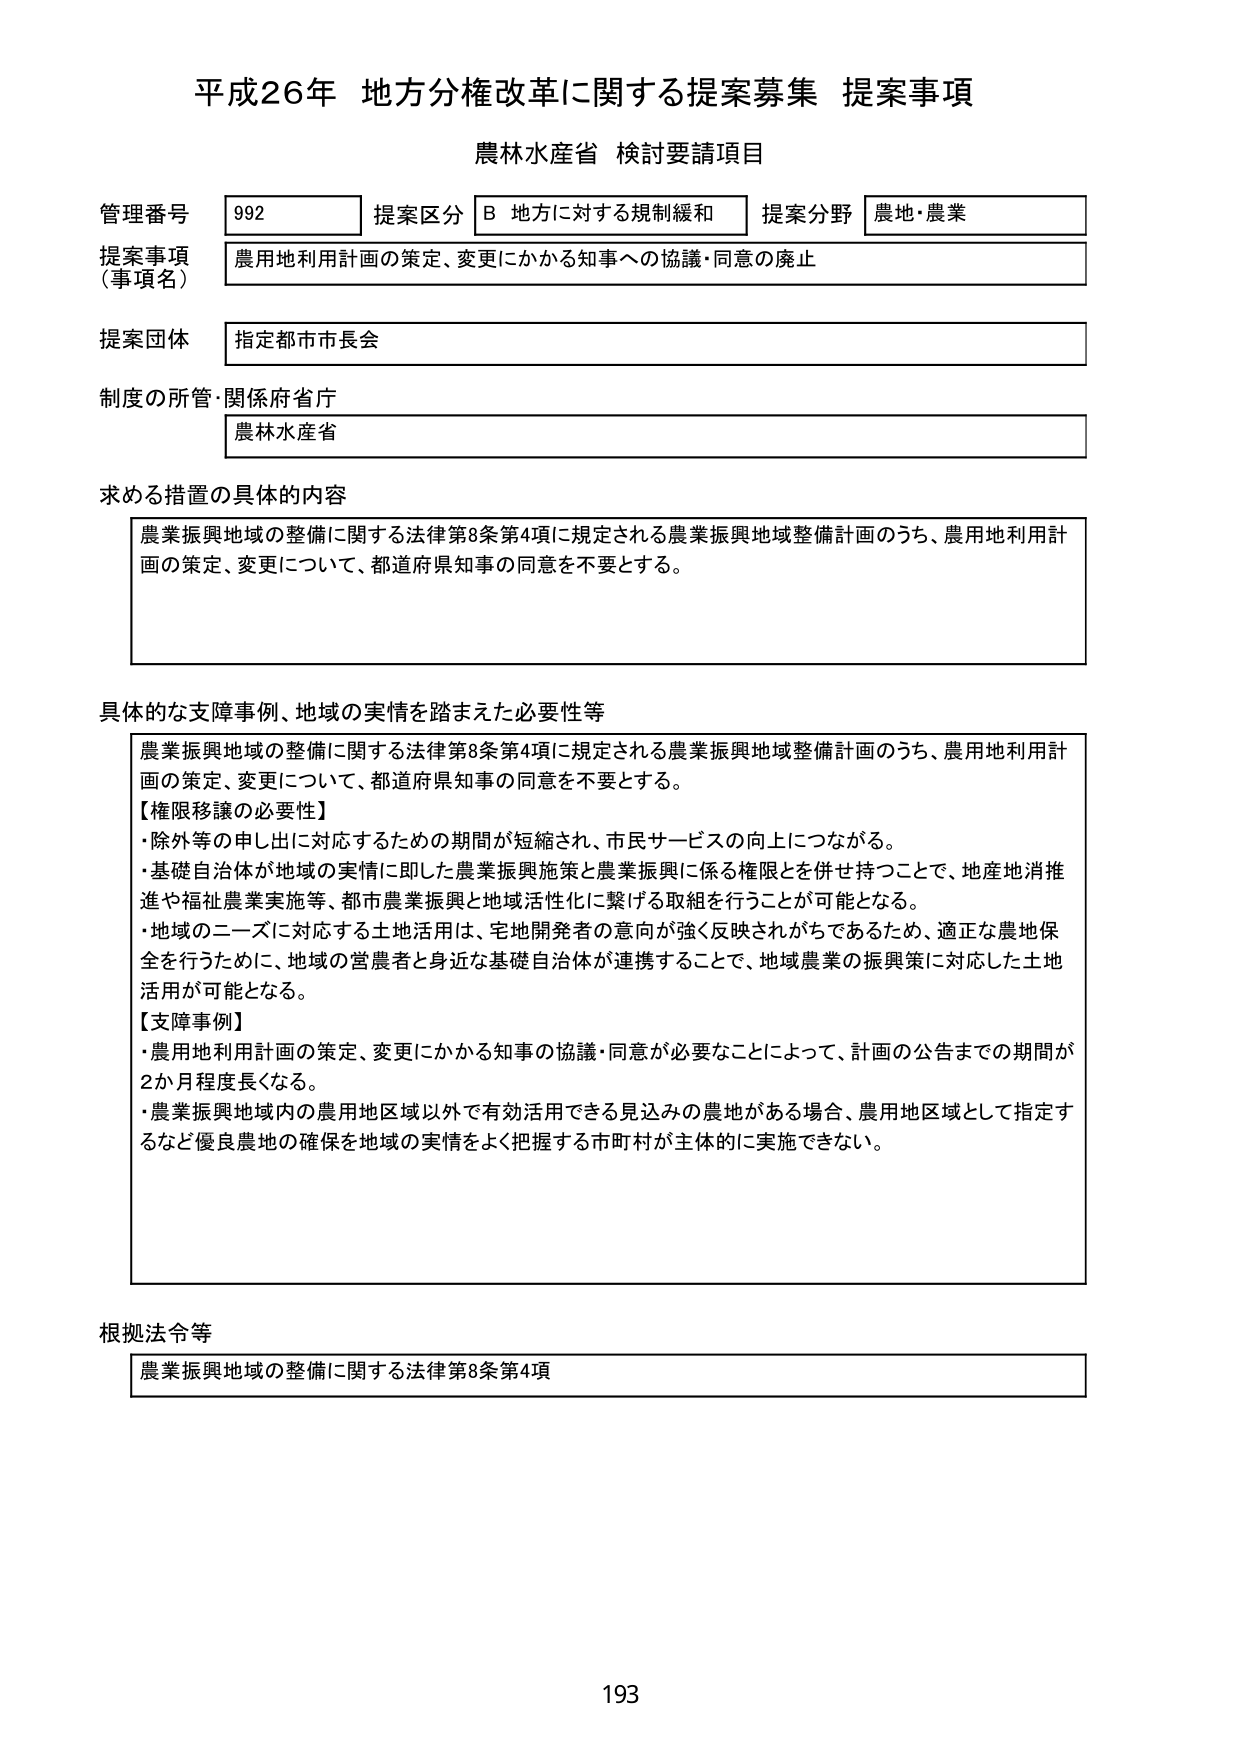
平成26年 地方分権改革に関する提案募集 提案事項
農林水産省 検討要請項目

管理番号 992 提案区分 B 地方に対する規制緩和 提案分野 農地・農業
提案事項（事項名） 農用地利用計画の策定、変更にかかる知事への協議・同意の廃止
提案団体 指定都市市長会
制度の所管・関係府省庁 農林水産省

求める措置の具体的内容
農業振興地域の整備に関する法律第8条第4項に規定される農業振興地域整備計画のうち、農用地利用計画の策定、変更について、都道府県知事の同意を不要とする。

具体的な支障事例、地域の実情を踏まえた必要性等
農業振興地域の整備に関する法律第8条第4項に規定される農業振興地域整備計画のうち、農用地利用計画の策定、変更について、都道府県知事の同意を不要とする。
【権限移譲の必要性】
・除外等の申し出に対応するための期間が短縮され、市民サービスの向上につながる。
・基礎自治体が地域の実情に即した農業振興施策と農業振興に係る権限とを併せ持つことで、地産地消推進や福祉農業実施等、都市農業振興と地域活性化に繋げる取組を行うことが可能となる。
・地域のニーズに対応する土地活用は、宅地開発者の意向が強く反映されがちであるため、適正な農地保全を行うために、地域の営農者と身近な基礎自治体が連携することで、地域農業の振興策に対応した土地活用が可能となる。
【支障事例】
・農用地利用計画の策定、変更にかかる知事の協議・同意が必要なことによって、計画の公告までの期間が2か月程度長くなる。
・農業振興地域内の農用地区域以外で有効活用できる見込みの農地がある場合、農用地区域として指定するなど優良農地の確保を地域の実情をよく把握する市町村が主体的に実施できない。

根拠法令等
農業振興地域の整備に関する法律第8条第4項

193